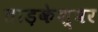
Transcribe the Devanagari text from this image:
ताड़केश्वर